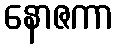
နောဇကာ